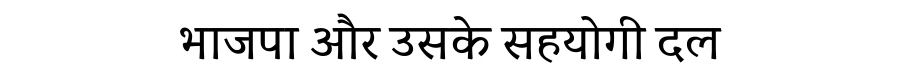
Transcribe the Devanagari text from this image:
भाजपा और उसके सहयोगी दल